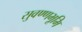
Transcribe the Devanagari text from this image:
सुवण्णभूमि